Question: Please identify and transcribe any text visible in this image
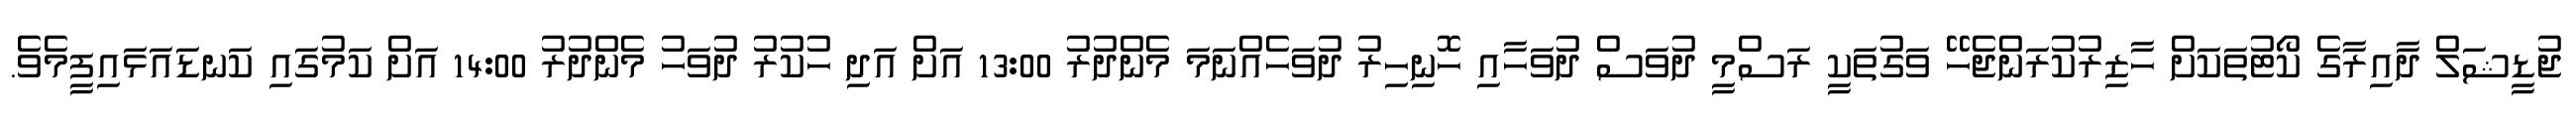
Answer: ޖުޑީޝަލް ދާއިރާގެ ކޯޓުތަކަށް ހާޒިރުކުރަންޖެހޭ ވަގުތަކީ ރަސްމީ ދުވަސް ދުވަހާއި ހޮނިހިރު ދުވަހެއްނަމަ މެންދުރު 13:00 އަށް އަދި ހުކުރު ދުވަހު މެންދުރު 14:00 އަށް ކަމުގައި ކަނޑައަޅައިފީމެވެ.